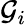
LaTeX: \mathcal{G}_{i}